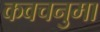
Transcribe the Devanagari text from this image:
कवचनुमा